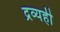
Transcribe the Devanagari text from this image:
द्रव्यही